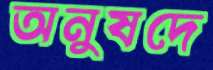
অনুষদে